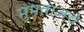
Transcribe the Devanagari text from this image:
मुमताजचे